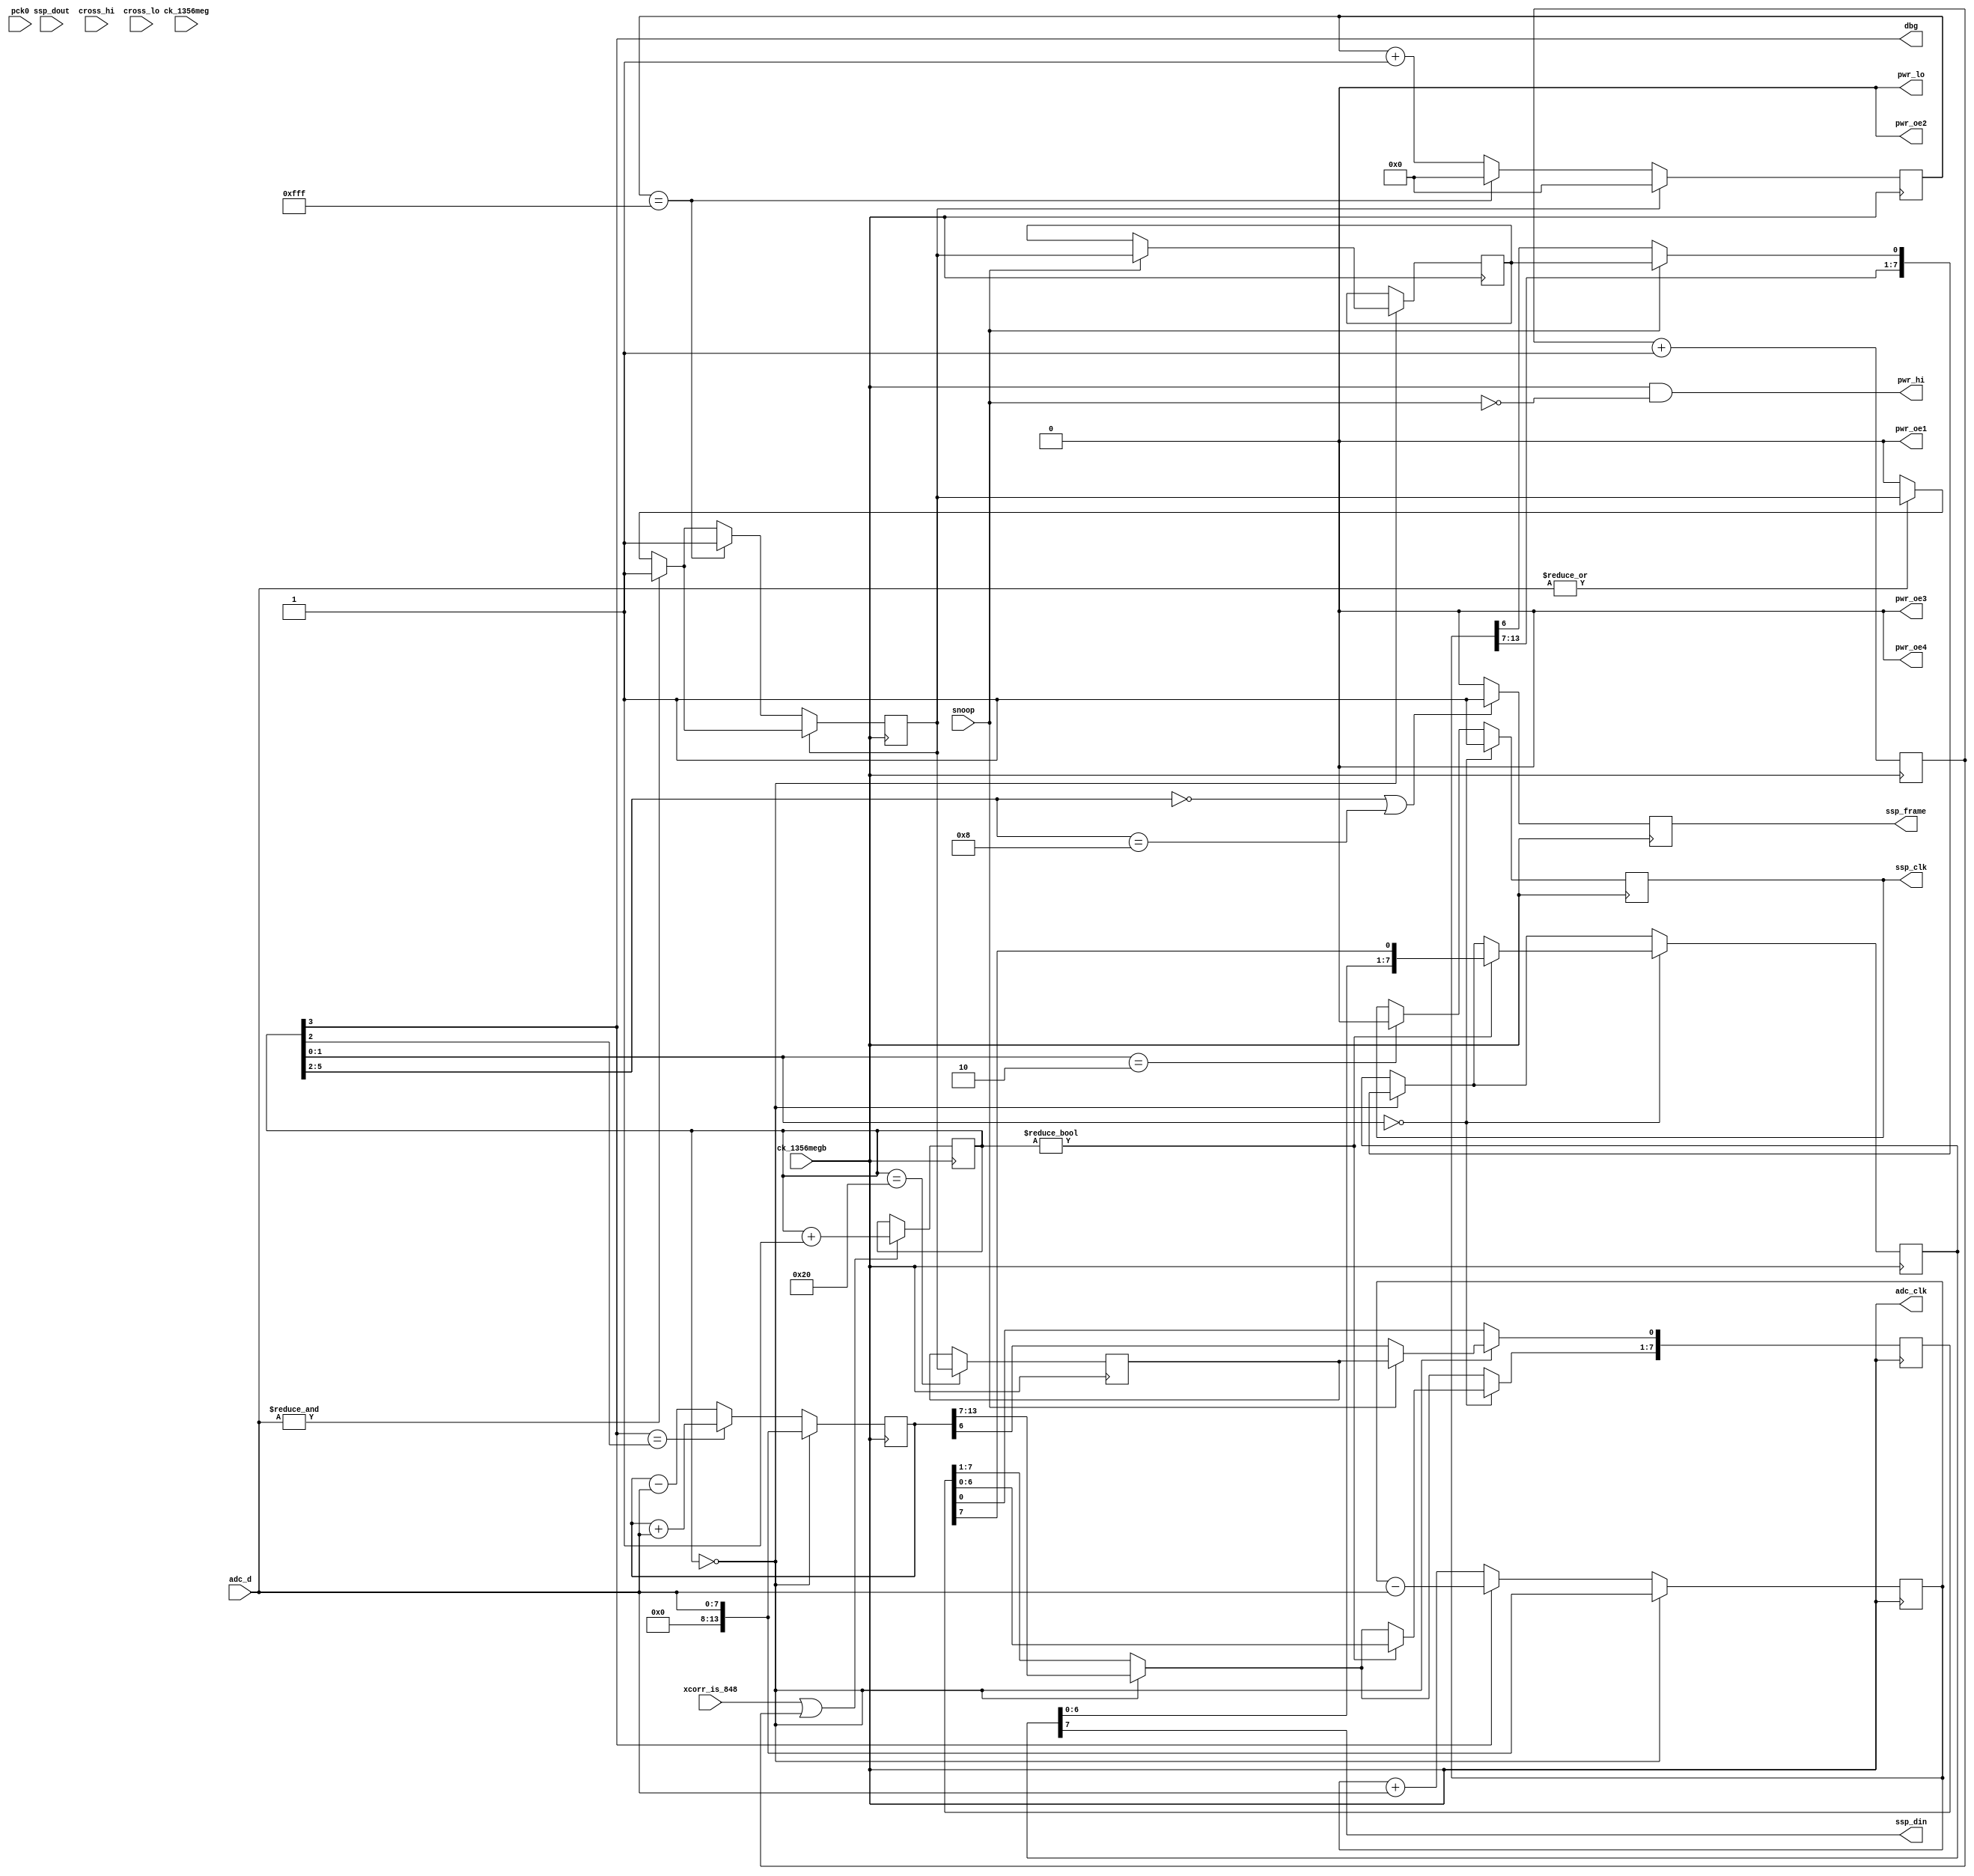
module hi_read_rx_xcorr(
    pck0, ck_1356meg, ck_1356megb,
    pwr_lo, pwr_hi, pwr_oe1, pwr_oe2, pwr_oe3, pwr_oe4,
    adc_d, adc_clk,
    ssp_frame, ssp_din, ssp_dout, ssp_clk,
    cross_hi, cross_lo,
    dbg,
    xcorr_is_848, snoop
);
    input pck0, ck_1356meg, ck_1356megb;
    output pwr_lo, pwr_hi, pwr_oe1, pwr_oe2, pwr_oe3, pwr_oe4;
    input [7:0] adc_d;
    output adc_clk;
    input ssp_dout;
    output ssp_frame, ssp_din, ssp_clk;
    input cross_hi, cross_lo;
    output dbg;
    input xcorr_is_848, snoop;

// Carrier is steady on through this, unless we're snooping.
assign pwr_hi = ck_1356megb & (~snoop);
assign pwr_oe1 = 1'b0;
assign pwr_oe3 = 1'b0;
assign pwr_oe4 = 1'b0;

wire adc_clk = ck_1356megb;

reg fc_div_2;
always @(negedge ck_1356megb)
    fc_div_2 <= fc_div_2 + 1;

// When we're a reader, we just need to do the BPSK demod; but when we're an
// eavesdropper, we also need to pick out the commands sent by the reader,
// using AM. Do this the same way that we do it for the simulated tag.
reg after_hysteresis, after_hysteresis_prev, after_hysteresis_prev_prev;
reg [11:0] has_been_low_for;
always @(negedge adc_clk)
begin
    if(& adc_d[7:0]) after_hysteresis <= 1'b1;
    else if(~(| adc_d[7:0])) after_hysteresis <= 1'b0;

    if(after_hysteresis)
    begin
        has_been_low_for <= 7'b0;
    end
    else
    begin
        if(has_been_low_for == 12'd4095)
        begin
            has_been_low_for <= 12'd0;
            after_hysteresis <= 1'b1;
        end
        else
            has_been_low_for <= has_been_low_for + 1;
    end
end

// Let us report a correlation every 4 subcarrier cycles, or 4*16 samples,
// so we need a 6-bit counter.
reg [5:0] corr_i_cnt;
// And a couple of registers in which to accumulate the correlations.
// we would add at most 32 times adc_d, the result can be held in 13 bits. 
// Need one additional bit because it can be negative as well
reg signed [13:0] corr_i_accum;
reg signed [13:0] corr_q_accum;
reg signed [7:0] corr_i_out;
reg signed [7:0] corr_q_out;
// clock and frame signal for communication to ARM
reg ssp_clk;
reg ssp_frame;


always @(negedge adc_clk)
begin
	if (xcorr_is_848 | fc_div_2)
		corr_i_cnt <= corr_i_cnt + 1;
end		
		

// ADC data appears on the rising edge, so sample it on the falling edge
always @(negedge adc_clk)
begin
    // These are the correlators: we correlate against in-phase and quadrature
    // versions of our reference signal, and keep the (signed) result to
    // send out later over the SSP.
    if(corr_i_cnt == 6'd0)
    begin
        if(snoop)
        begin
			// Send only 7 most significant bits of tag signal (signed), LSB is reader signal:
            corr_i_out <= {corr_i_accum[13:7], after_hysteresis_prev_prev};
            corr_q_out <= {corr_q_accum[13:7], after_hysteresis_prev};
			after_hysteresis_prev_prev <= after_hysteresis;
        end
        else
        begin
            // 8 most significant bits of tag signal
            corr_i_out <= corr_i_accum[13:6];
            corr_q_out <= corr_q_accum[13:6];
        end

        corr_i_accum <= adc_d;
        corr_q_accum <= adc_d;
    end
    else
    begin
        if(corr_i_cnt[3])
            corr_i_accum <= corr_i_accum - adc_d;
        else
            corr_i_accum <= corr_i_accum + adc_d;

        if(corr_i_cnt[3] == corr_i_cnt[2])			// phase shifted by pi/2
            corr_q_accum <= corr_q_accum + adc_d;
        else
            corr_q_accum <= corr_q_accum - adc_d;

    end

    // The logic in hi_simulate.v reports 4 samples per bit. We report two
    // (I, Q) pairs per bit, so we should do 2 samples per pair.
    if(corr_i_cnt == 6'd32)
        after_hysteresis_prev <= after_hysteresis;

    // Then the result from last time is serialized and send out to the ARM.
    // We get one report each cycle, and each report is 16 bits, so the
    // ssp_clk should be the adc_clk divided by 64/16 = 4.

    if(corr_i_cnt[1:0] == 2'b10)
        ssp_clk <= 1'b0;

    if(corr_i_cnt[1:0] == 2'b00)
    begin
        ssp_clk <= 1'b1;
        // Don't shift if we just loaded new data, obviously.
        if(corr_i_cnt != 7'd0)
        begin
            corr_i_out[7:0] <= {corr_i_out[6:0], corr_q_out[7]};
            corr_q_out[7:1] <= corr_q_out[6:0];
        end
    end

	// set ssp_frame signal for corr_i_cnt = 0..3 and corr_i_cnt = 32..35
	// (send two frames with 8 Bits each)
    if(corr_i_cnt[5:2] == 4'b0000 || corr_i_cnt[5:2] == 4'b1000)
        ssp_frame = 1'b1;
    else
        ssp_frame = 1'b0;

end

assign ssp_din = corr_i_out[7];

assign dbg = corr_i_cnt[3];

// Unused.
assign pwr_lo = 1'b0;
assign pwr_oe2 = 1'b0;

endmodule